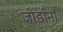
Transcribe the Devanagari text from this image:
जोर्डाना